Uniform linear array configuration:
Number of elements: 48
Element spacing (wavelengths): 0.75
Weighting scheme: uniform
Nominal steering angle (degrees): -15
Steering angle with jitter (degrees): -16.114
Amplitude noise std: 0.05
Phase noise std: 0.05

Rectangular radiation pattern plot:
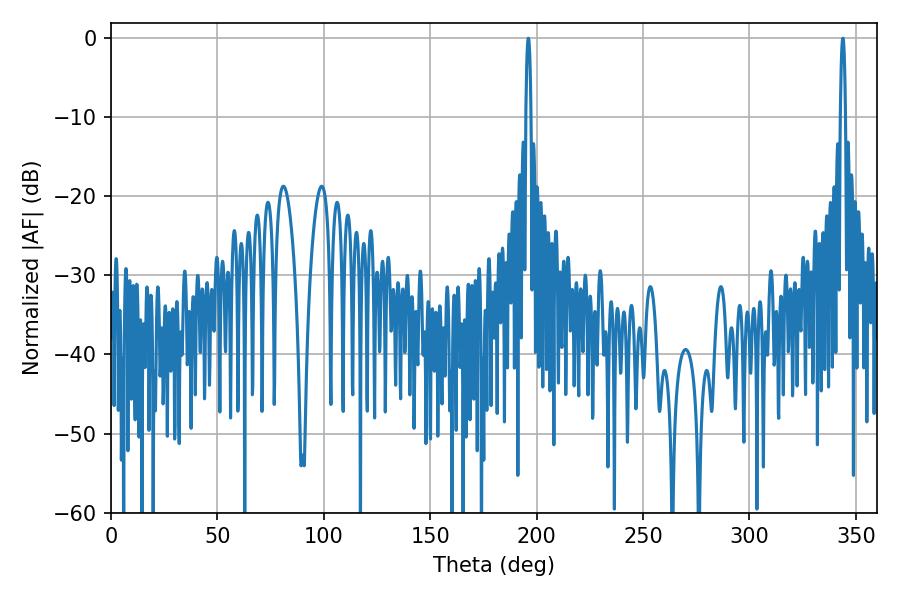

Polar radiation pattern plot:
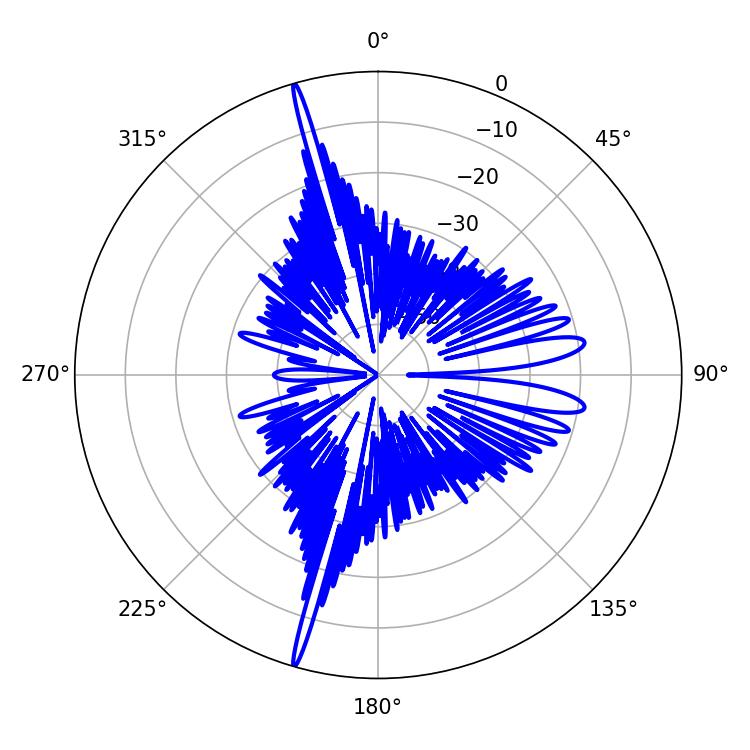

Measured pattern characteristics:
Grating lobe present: TRUE
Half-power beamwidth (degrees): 1.26
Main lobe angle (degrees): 196.02